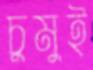
চুমুই